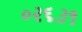
૦૨૬૩૧